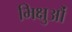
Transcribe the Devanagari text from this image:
भिक्षुऔं